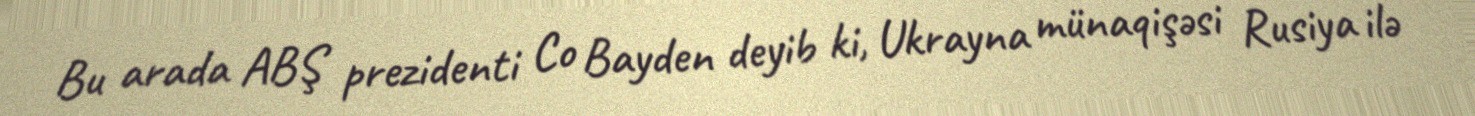
Bu arada ABŞ prezidenti Co Bayden deyib ki, Ukrayna münaqişəsi Rusiya ilə